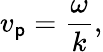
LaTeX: v_{\mathsf{p}}={\frac{{\omega}}{{k}}},